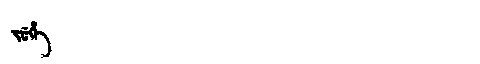
Manchu: ᠵᡠᡥᡝ
Romanization: JUHE